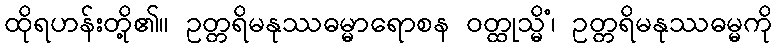
ထိုရဟန်းတို့၏။ ဥတ္တရိမနုဿဓမ္မာရောစန ဝတ္ထုသ္မိံ၊ ဥတ္တရိမနုဿဓမ္မကို